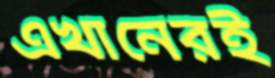
এখানেরই